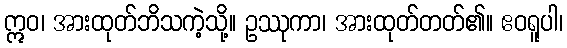
ဣဝ၊ အားထုတ်ဘိသကဲ့သို့။ ဥဿုကာ၊ အားထုတ်တတ်၏။ ဧဝရူပါ၊